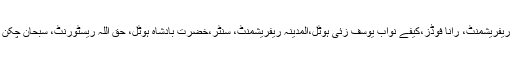
مزیدبرآں باوہ جی ریفریشمنٹ، رانا فوڈز،کیفے نواب یوسف زئی ہوٹل،المدینہ ریفریشمنٹ، سنٹر،خضرت بادشاہ ہوٹل، حق اللہ ریسٹورنٹ، سبحان چکن حلیم گھر،نیو کے۔